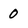
Character: 0